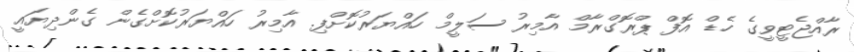
ރާއްޖެޓީވީގެ ހެޑް އޮފް ޕްރޮގްރާމް އާމިރު ސަލީމް ހައްޔަރުކޮށްފި. އާމިރު ހައްޔަރުކޮށްގެން ގެންދިޔައީ